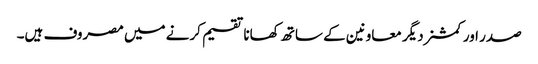
صدر اور کمشنردیگر معاونین کے ساتھ کھانا تقسیم کرنے میں مصروف ہیں۔